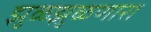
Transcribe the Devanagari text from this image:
झुळझुळणारा